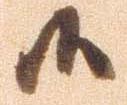
候